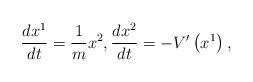
LaTeX: \begin{align*} \frac{dx^1}{dt}=\frac{1}{m}x^2,\frac{dx^2}{dt}=-V^{\prime }\left(x^1\right),\end{align*}